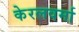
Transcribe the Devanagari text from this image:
केरलवर्मा